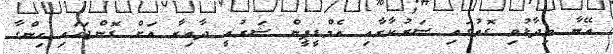
އޭނާ ވިދާޅުވި ގޮތުގައި ސަރުކާރާއި އެމްޑީޕީން ޝަރުއީ ދާއިރާ އަށް ގޮންޖަހައި ހިންގާ